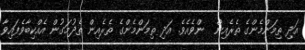
އަދި ތިމަންމެންގެ ތެރެއިން  ންވެއެވެ. އަދި ތިމަންމެންގެ ތެރެއިން ތެދުމަގުން އެއްކިބާވެފައިވާ